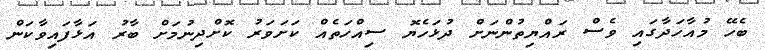
ބެހޭ މުއާހަދާގައި ވެސް ރައްޔިތުންނަށް ދުޅަހެޔޮ ސިއްހަތެއް ކަށަވަރު ކޮށްދިނުމަށް ބާރު އަޅާފައިވާކަން